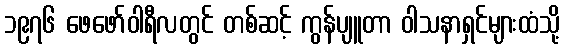
၁၉၇၆ ဖေဖော်ဝါရီလတွင် တစ်ဆင့် ကွန်ပျူတာ ဝါသနာရှင်များထံသို့